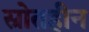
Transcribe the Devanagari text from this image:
स्रोतहीन